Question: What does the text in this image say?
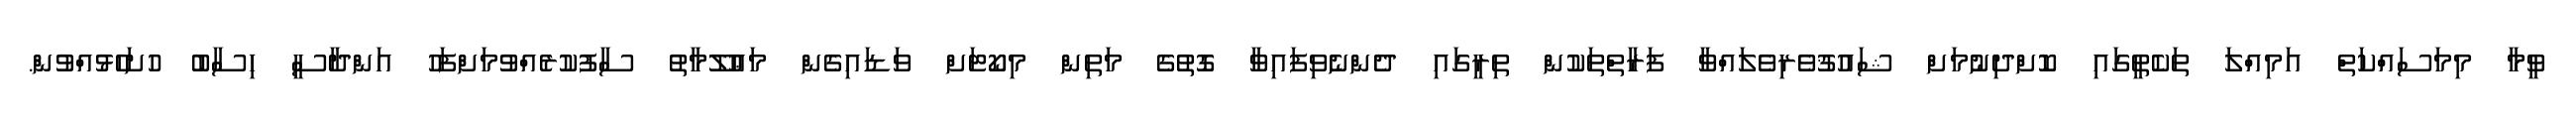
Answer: ވީމާ މިމަސައްކަތް އަމިއްލަ ތަކެތީގައި ކޮށްދިނުމަށް ޝައުޤުވެރިވެލައްވާ ފަރާތްތަކުން ތިރީގައި ދެންނެވިފައިވާ ގޮތުގެ މަތިން މިކޯޓަށް ވަޑައިގެން މަޢުލޫމާތު ސާފުކުރެއްވުމަށްފަހު އަންދާސީ ހިސާބު ހުށަހެޅުއްވުން.